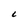
Character: C